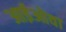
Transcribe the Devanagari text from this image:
आईओवा